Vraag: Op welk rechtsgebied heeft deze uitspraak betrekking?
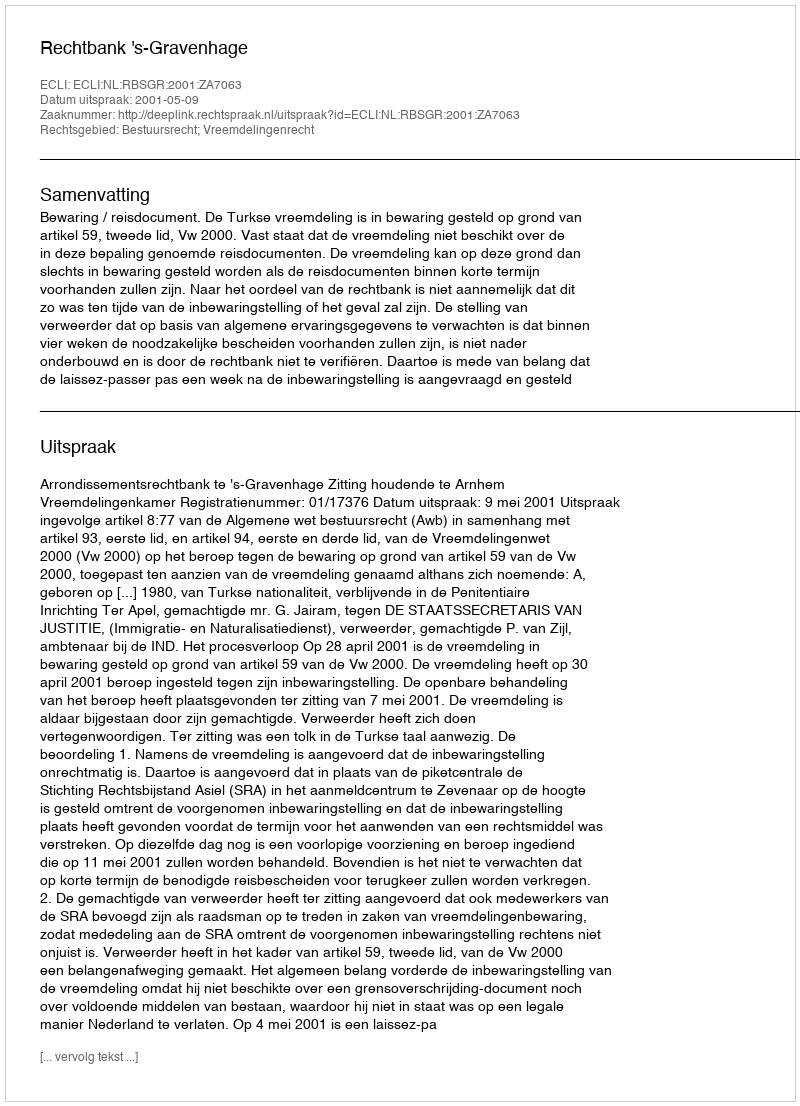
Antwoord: Bestuursrecht; Vreemdelingenrecht